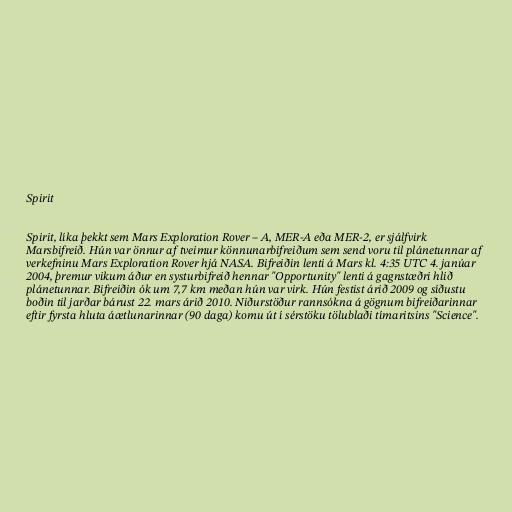
Spirit

Spirit, líka þekkt sem Mars Exploration Rover – A, MER-A eða MER-2, er sjálfvirk
Marsbifreið. Hún var önnur af tveimur könnunarbifreiðum sem send voru til plánetunnar af
verkefninu Mars Exploration Rover hjá NASA. Bifreiðin lenti á Mars kl. 4:35 UTC 4. janúar
2004, þremur vikum áður en systurbifreið hennar "Opportunity" lenti á gagnstæðri hlið
plánetunnar. Bifreiðin ók um 7,7 km meðan hún var virk. Hún festist árið 2009 og síðustu
boðin til jarðar bárust 22. mars árið 2010. Niðurstöður rannsókna á gögnum bifreiðarinnar
eftir fyrsta hluta áætlunarinnar (90 daga) komu út í sérstöku tölublaði tímaritsins "Science".